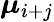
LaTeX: \boldsymbol{\mu}_{i+j}